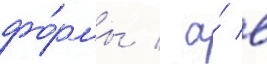
фо́рмы / а́ в